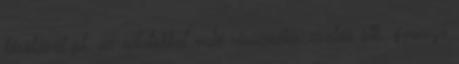
tárolását pl. az adatokkal való visszaélés, csalás stb. gyanúja